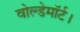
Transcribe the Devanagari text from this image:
वोल्डेमॉर्ट।